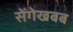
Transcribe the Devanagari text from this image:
सेंगेखबब